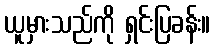
ယူမှားသည်ကို ရှင်းပြခန်း။